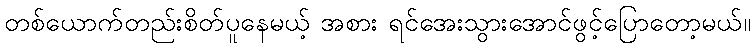
တစ်ယောက်တည်းစိတ်ပူနေမယ့် အစား ရင်အေးသွားအောင်ဖွင့်ပြောတော့မယ်။